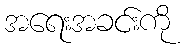
အရေးအခင်းကို